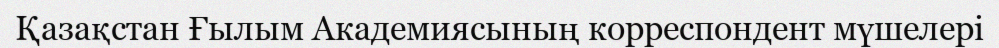
Қазақстан Ғылым Академиясының корреспондент мүшелері